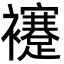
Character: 䙭